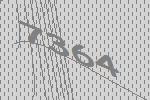
7364